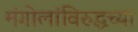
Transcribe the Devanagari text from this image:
मंगोलांविरुद्धच्या